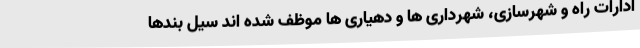
ادارات راه و شهرسازی، شهرداری ها و دهیاری ها موظف شده اند سیل بندها